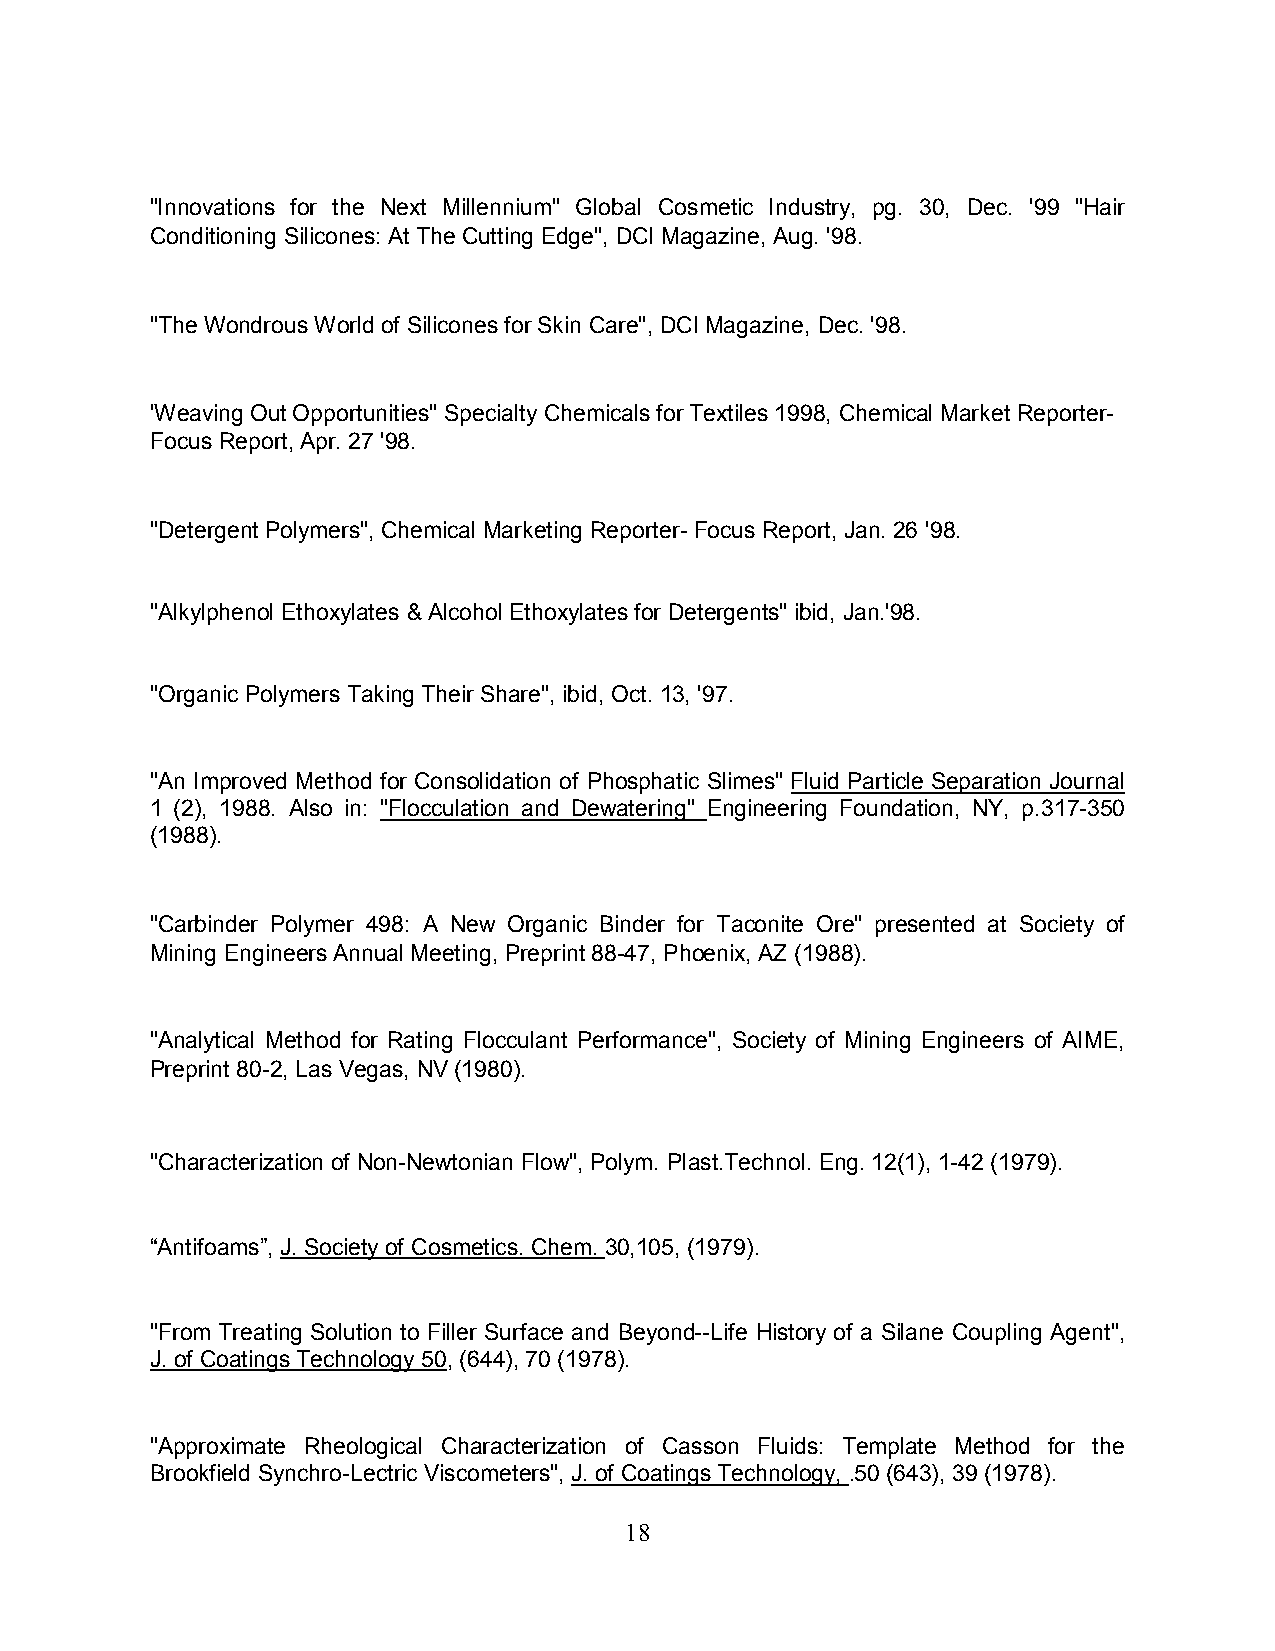
"Innovations for the Next Millennium" Global Cosmetic Industry, pg. 30, Dec. '99 "Hair
 Conditioning Silicones: At The Cutting Edge", DCI Magazine, Aug. '98.
 "The Wondrous World of Silicones for Skin Care", DCI Magazine, Dec. '98.
 'Weaving Out Opportunities" Specialty Chemicals for Textiles 1998, Chemical Market Reporter-
 Focus Report, Apr. 27 '98.
 "Detergent Polymers", Chemical Marketing Reporter- Focus Report, Jan. 26 '98.
 "Alkylphenol Ethoxylates & Alcohol Ethoxylates for Detergents" ibid, Jan.'98.
 "Organic Polymers Taking Their Share", ibid, Oct. 13, '97.
 "An Improved Method for Consolidation of Phosphatic Slimes" Fluid Particle Separation Journal
 1 (2), 1988. Also in: "Flocculation and Dewatering" Engineering Foundation, NY, p.317-350
 (1988).
 "Carbinder Polymer 498: A New Organic Binder for Taconite Ore" presented at Society of
 Mining Engineers Annual Meeting, Preprint 88-47, Phoenix, AZ (1988).
 "Analytical Method for Rating Flocculant Performance", Society of Mining Engineers of AIME,
 Preprint 80-2, Las Vegas, NV (1980).
 "Characterization of Non-Newtonian Flow", Polym. Plast.Technol. Eng. 12(1), 1-42 (1979).
 “Antifoams”, J. Society of Cosmetics. Chem. 30,105, (1979).
 "From Treating Solution to Filler Surface and Beyond--Life History of a Silane Coupling Agent",
 J. of Coatings Technology 50, (644), 70 (1978).
 "Approximate Rheological Characterization of Casson Fluids: Template Method for the
 Brookfield Synchro-Lectric Viscometers", J. of Coatings Technology, .50 (643), 39 (1978).
 18